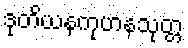
ဒုတိယနကုဟနသုတ္တ